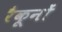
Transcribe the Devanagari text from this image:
रैकूनों